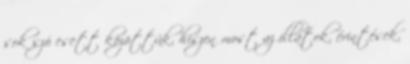
sok szó esett közöttük, hiszen most az illatok, érintések,